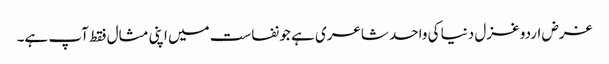
غرض اردو غزل دنیا کی واحد شاعری ہے جو نفاست میں اپنی مثال فقط آپ ہے۔